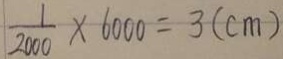
\frac { 1 } { 2 0 0 0 } \times 6 0 0 0 = 3 ( c m )